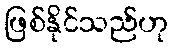
ဖြစ်နိုင်သည်ဟု